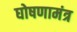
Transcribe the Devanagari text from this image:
घोषणामंत्र